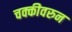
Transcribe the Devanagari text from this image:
चक्कीवरुन